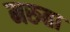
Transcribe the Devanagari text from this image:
मरुता